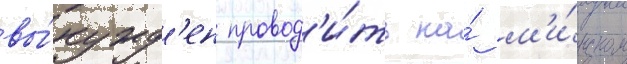
вы́нужд'ен провод'и́ть на́ м'и́нском